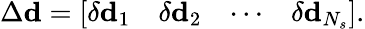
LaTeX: \Delta\mathbf{d}=\left[\begin{array}{llll}{\delta\mathbf{d}_{1}}&{\delta\mathbf{d}_{2}}&{\cdots}&{\delta\mathbf{d}_{N_{s}}}\end{array}\right].